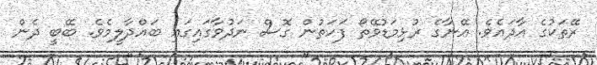
ރޭތަކުގެ އާދައެވެ. އޭނާގެ ރުޅިމަޑުވޭތޯ ފަހަތުން ގޮސް ނަދުވާގައިގައި ބައްދާލީމެވެ. ބޭބީ ދެން